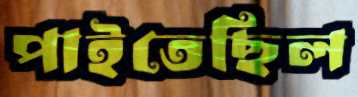
পাইতেছিল